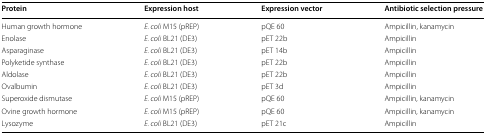
| Protein | Expression host | Expression vector | Antibiotic selection pressure |
 | --- | --- | --- | --- |
 | Human growth hormone | E. coli M15 (pREP) | pQE 60 | Ampicillin, kanamycin |
 | Enolase | E. coli BL21 (DE3) | pET 22b | Ampicillin |
 | Asparaginase | E. coli BL21 (DE3) | pET 14b | Ampicillin |
 | Polyketide synthase | E. coli BL21 (DE3) | pET 22b | Ampicillin |
 | Aldolase | E. coli BL21 (DE3) | pET 22b | Ampicillin |
 | Ovalbumin | E. coli BL21 (DE3) | pET 3d | Ampicillin |
 | Superoxide dismutase | E. coli M15 (pREP) | pQE 60 | Ampicillin, kanamycin |
 | Ovine growth hormone | E. coli M15 (pREP) | pQE 60 | Ampicillin, kanamycin |
 | Lysozyme | E. coli BL21 (DE3) | pET 21c | Ampicillin |